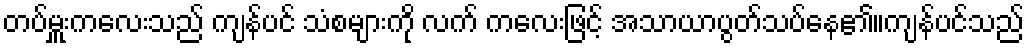
တပ်မှူးကလေးသည် ကျန်ပင် သံစများကို လက် ကလေးဖြင့် အသာယာပွတ်သပ်နေ၏။ကျန်ပင်သည်